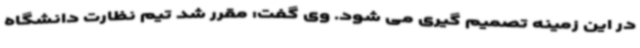
در این زمینه تصمیم گیری می شود. وی گفت: مقرر شد تیم نظارت دانشگاه